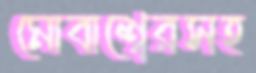
মোবাশ্বেরসহ